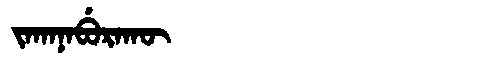
Manchu: ᠵᠠᡴᠠᠨᠠᠪᡠᡵᠠᡴᡡ
Romanization: JAKANABURAKŪ